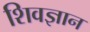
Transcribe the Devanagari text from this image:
शिवज्ञान